Indian journal of veterinary science and animal husbandry - Volume 5,
Year: 1935
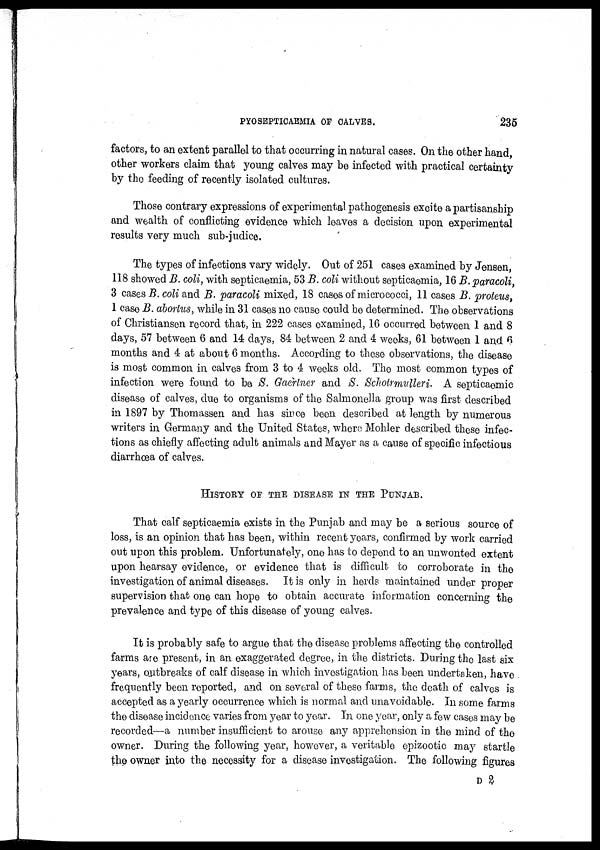
PYOSEPTICAEMIA OF CALVES.
235
factors, to an extent parallel to that occurring in natural cases. On the other hand,
other workers claim that young calves may be infected with practical certainty
by the feeding of recently isolated cultures.
Those contrary expressions of experimental pathogenesis excite a partisanship
and wealth of conflicting evidence which leaves a decision upon experimental
results very much sub-judice.
The types of infections vary widely. Out of 251 cases examined by Jensen,
118 showed B. coli, with septicaemia, 53 B. coli without septicaemia, 16 B. paracoli,
3 cases B. coli and B. paracoli mixed, 18 cases of micrococci, 11 cases B. proteus,
1 case B. abortus, while in 31 cases no cause could be determined. The observations
of Christiansen record that, in 222 cases examined, 16 occurred between 1 and 8
days, 57 between 6 and 14 days, 84 between 2 and 4 weeks, 61 between 1 and 6
months and 4 at about 6 months. According to these observations, the disease
is most common in calves from 3 to 4 weeks old. The most common types of
infection were found to be S. Gaertner and S. Schotrmulleri. A septicaemic
disease of calves, due to organisms of the Salmonella group was first described
in 1897 by Thomassen and has since been described at length by numerous
writers in Germany and the United States, where Mohler described these infec-
tions as chiefly affecting adult animals and Mayer as a cause of specific infectious
diarrhœa of calves.
HISTORY OF THE DISEASE IN THE PUNJAB.
That calf septicaemia exists in the Punjab and may be a serious source of
loss, is an opinion that has been, within recent years, confirmed by work carried
out upon this problem. Unfortunately, one has to depend to an unwonted extent
upon hearsay evidence, or evidence that is difficult to corroborate in the
investigation of animal diseases. It is only in herds maintained under proper
supervision that one can hope to obtain accurate information concerning the
prevalence and type of this disease of young calves.
It is probably safe to argue that the disease problems affecting the controlled
farms are present, in an exaggerated degree, in the districts. During the last six
years, outbreaks of calf disease in which investigation has been undertaken, have
frequently been reported, and on several of these farms, the death of calves is
accepted as a yearly occurrence which is normal and unavoidable. In some farms
the disease incidence varies from year to year. In one year, only a few cases may be
recorded—a number insufficient to arouse any apprehension in the mind of the
owner. During the following year, however, a veritable epizootic may startle
the owner into the necessity for a disease investigation. The following figures
D 2